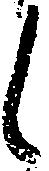
候